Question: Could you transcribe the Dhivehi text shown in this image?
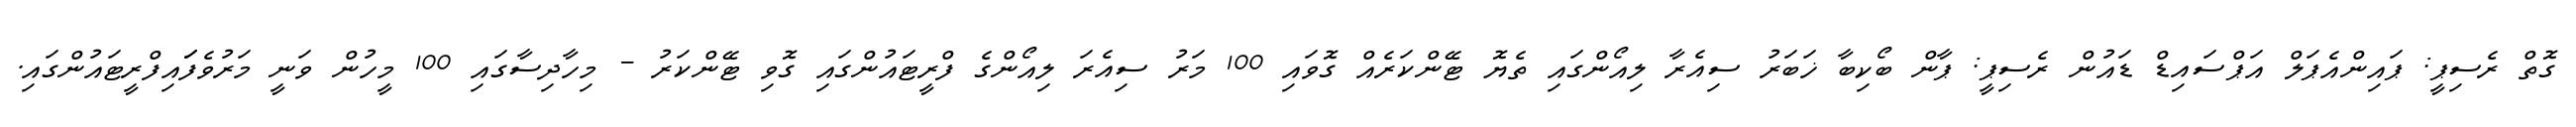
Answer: ގޮތް ރެސިޕީ: ޕައިންއެޕަލް އަޕްސައިޑް ޑައުން ރެސިޕީ: ޕާން ބޯކިބާ ޚަބަރު ސިއެރާ ލިއޯންގައި ތެޔޮ ޓޭންކަރެއް ގޮވައި 100 މަރު ސިއެރަ ލިއޯންގެ ފްރީޓައުންގައި ގޮވި ޓޭންކަރު - މިހާދިސާގައި 100 މީހުން ވަނީ މަރުވެފަައިފްރީޓައުންގައި.